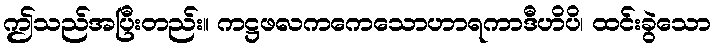
ဤသည်အပြီးတည်း။ ကဋ္ဌဖလကကေသောဟာရကာဒီဟိပိ၊ ထင်းခွဲသော